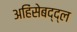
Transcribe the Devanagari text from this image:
अहिंसेबद्द्ल